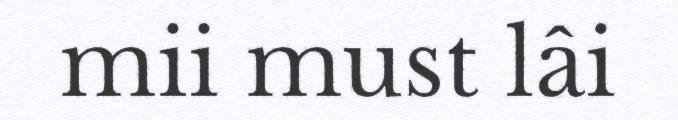
mii must lâi